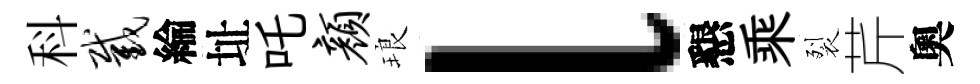
科截綸址吒颜琅l懇乘裂芹奧